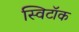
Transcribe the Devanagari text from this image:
स्विटॉक